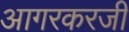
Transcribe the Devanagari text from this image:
आगरकरजी